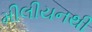
મીલીયનથી